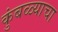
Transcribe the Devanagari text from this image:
कुंबळ्याचा